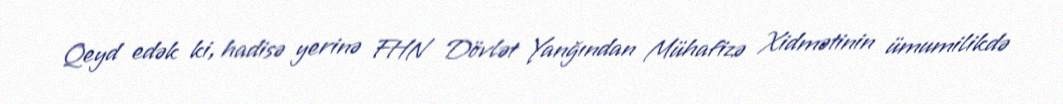
Qeyd edək ki, hadisə yerinə FHN Dövlət Yanğından Mühafizə Xidmətinin ümumilikdə